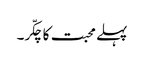
پہلے محبت کا چکّر۔